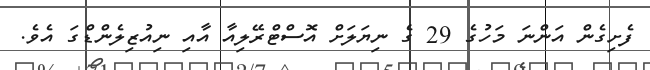
ފެށިގެން އަންނަ މަހުގެ 29 ގެ ނިޔަަލަށް އޮސްޓްރޭލިއާ އާއި ނިއުޒިލެންޑްގަ އެވެ.